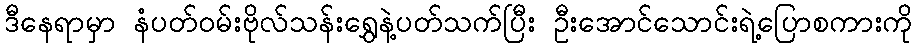
ဒီနေရာမှာ နံပတ်ဝမ်းဗိုလ်သန်းရွှေနဲ့ပတ်သက်ပြီး ဦးအောင်သောင်းရဲ့ပြောစကားကို